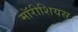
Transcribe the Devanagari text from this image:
मॉरीशियस